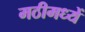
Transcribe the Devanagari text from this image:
मठीमध्यें